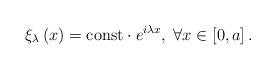
LaTeX: \begin{align*}\xi_{\lambda}\left(x\right)=\mbox{const}\cdot e^{i\lambda x},\;\forall x\in\left[0,a\right].\end{align*}